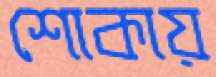
শোকায়